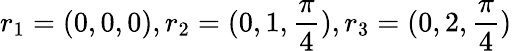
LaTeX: r_{1}=(0,0,0),r_{2}=(0,1,\frac{\pi}{4}),r_{3}=(0,2,\frac{\pi}{4})